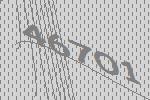
46701